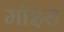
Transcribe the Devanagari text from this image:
मॉइरा